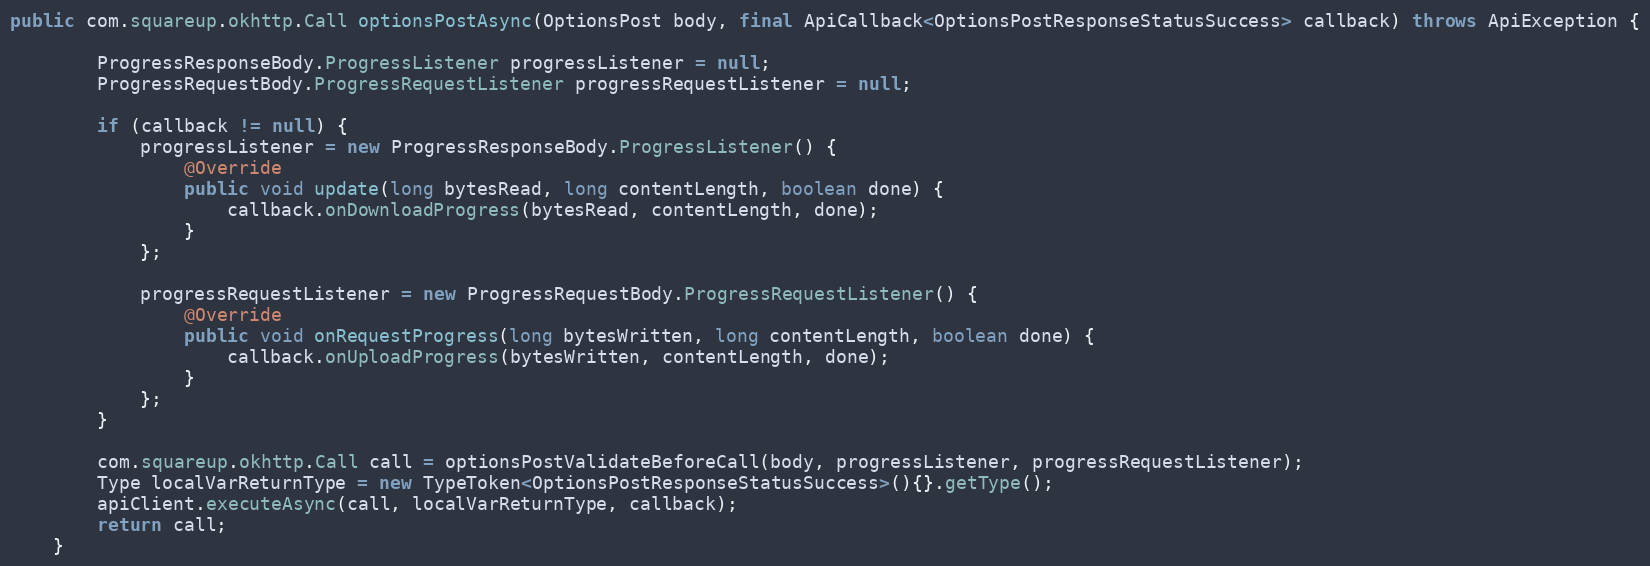
Language: Java
public com.squareup.okhttp.Call optionsPostAsync(OptionsPost body, final ApiCallback<OptionsPostResponseStatusSuccess> callback) throws ApiException {

        ProgressResponseBody.ProgressListener progressListener = null;
        ProgressRequestBody.ProgressRequestListener progressRequestListener = null;

        if (callback != null) {
            progressListener = new ProgressResponseBody.ProgressListener() {
                @Override
                public void update(long bytesRead, long contentLength, boolean done) {
                    callback.onDownloadProgress(bytesRead, contentLength, done);
                }
            };

            progressRequestListener = new ProgressRequestBody.ProgressRequestListener() {
                @Override
                public void onRequestProgress(long bytesWritten, long contentLength, boolean done) {
                    callback.onUploadProgress(bytesWritten, contentLength, done);
                }
            };
        }

        com.squareup.okhttp.Call call = optionsPostValidateBeforeCall(body, progressListener, progressRequestListener);
        Type localVarReturnType = new TypeToken<OptionsPostResponseStatusSuccess>(){}.getType();
        apiClient.executeAsync(call, localVarReturnType, callback);
        return call;
    }